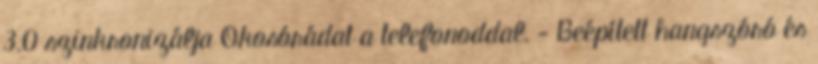
3.0 szinkronizálja Okosórádat a telefonoddal. - Beépített hangszóró és